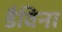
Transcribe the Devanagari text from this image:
डैविना